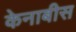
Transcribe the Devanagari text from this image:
केनाबीस